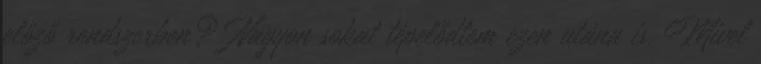
előző rendszerben? Nagyon sokat tépelődtem ezen utána is. Mivel